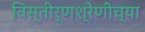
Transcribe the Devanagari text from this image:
विस्तीर्णश्रेणीच्या